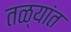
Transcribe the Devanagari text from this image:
तळ्यांत